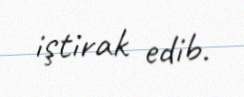
iştirak edib.